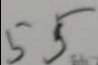
5 5